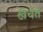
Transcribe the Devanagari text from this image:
खचत